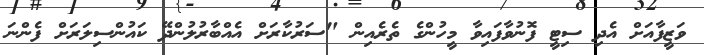
ވަޒީފާއަށް އެދި ސިޓީ ފޮނުވާފައިވާ މީހުންގެ ތެރެއިން "ސަރުކާރަށް އެއްބާރުލުންދޭ ކައުންސިލަރަށް ފެންނަ